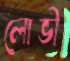
লোভী